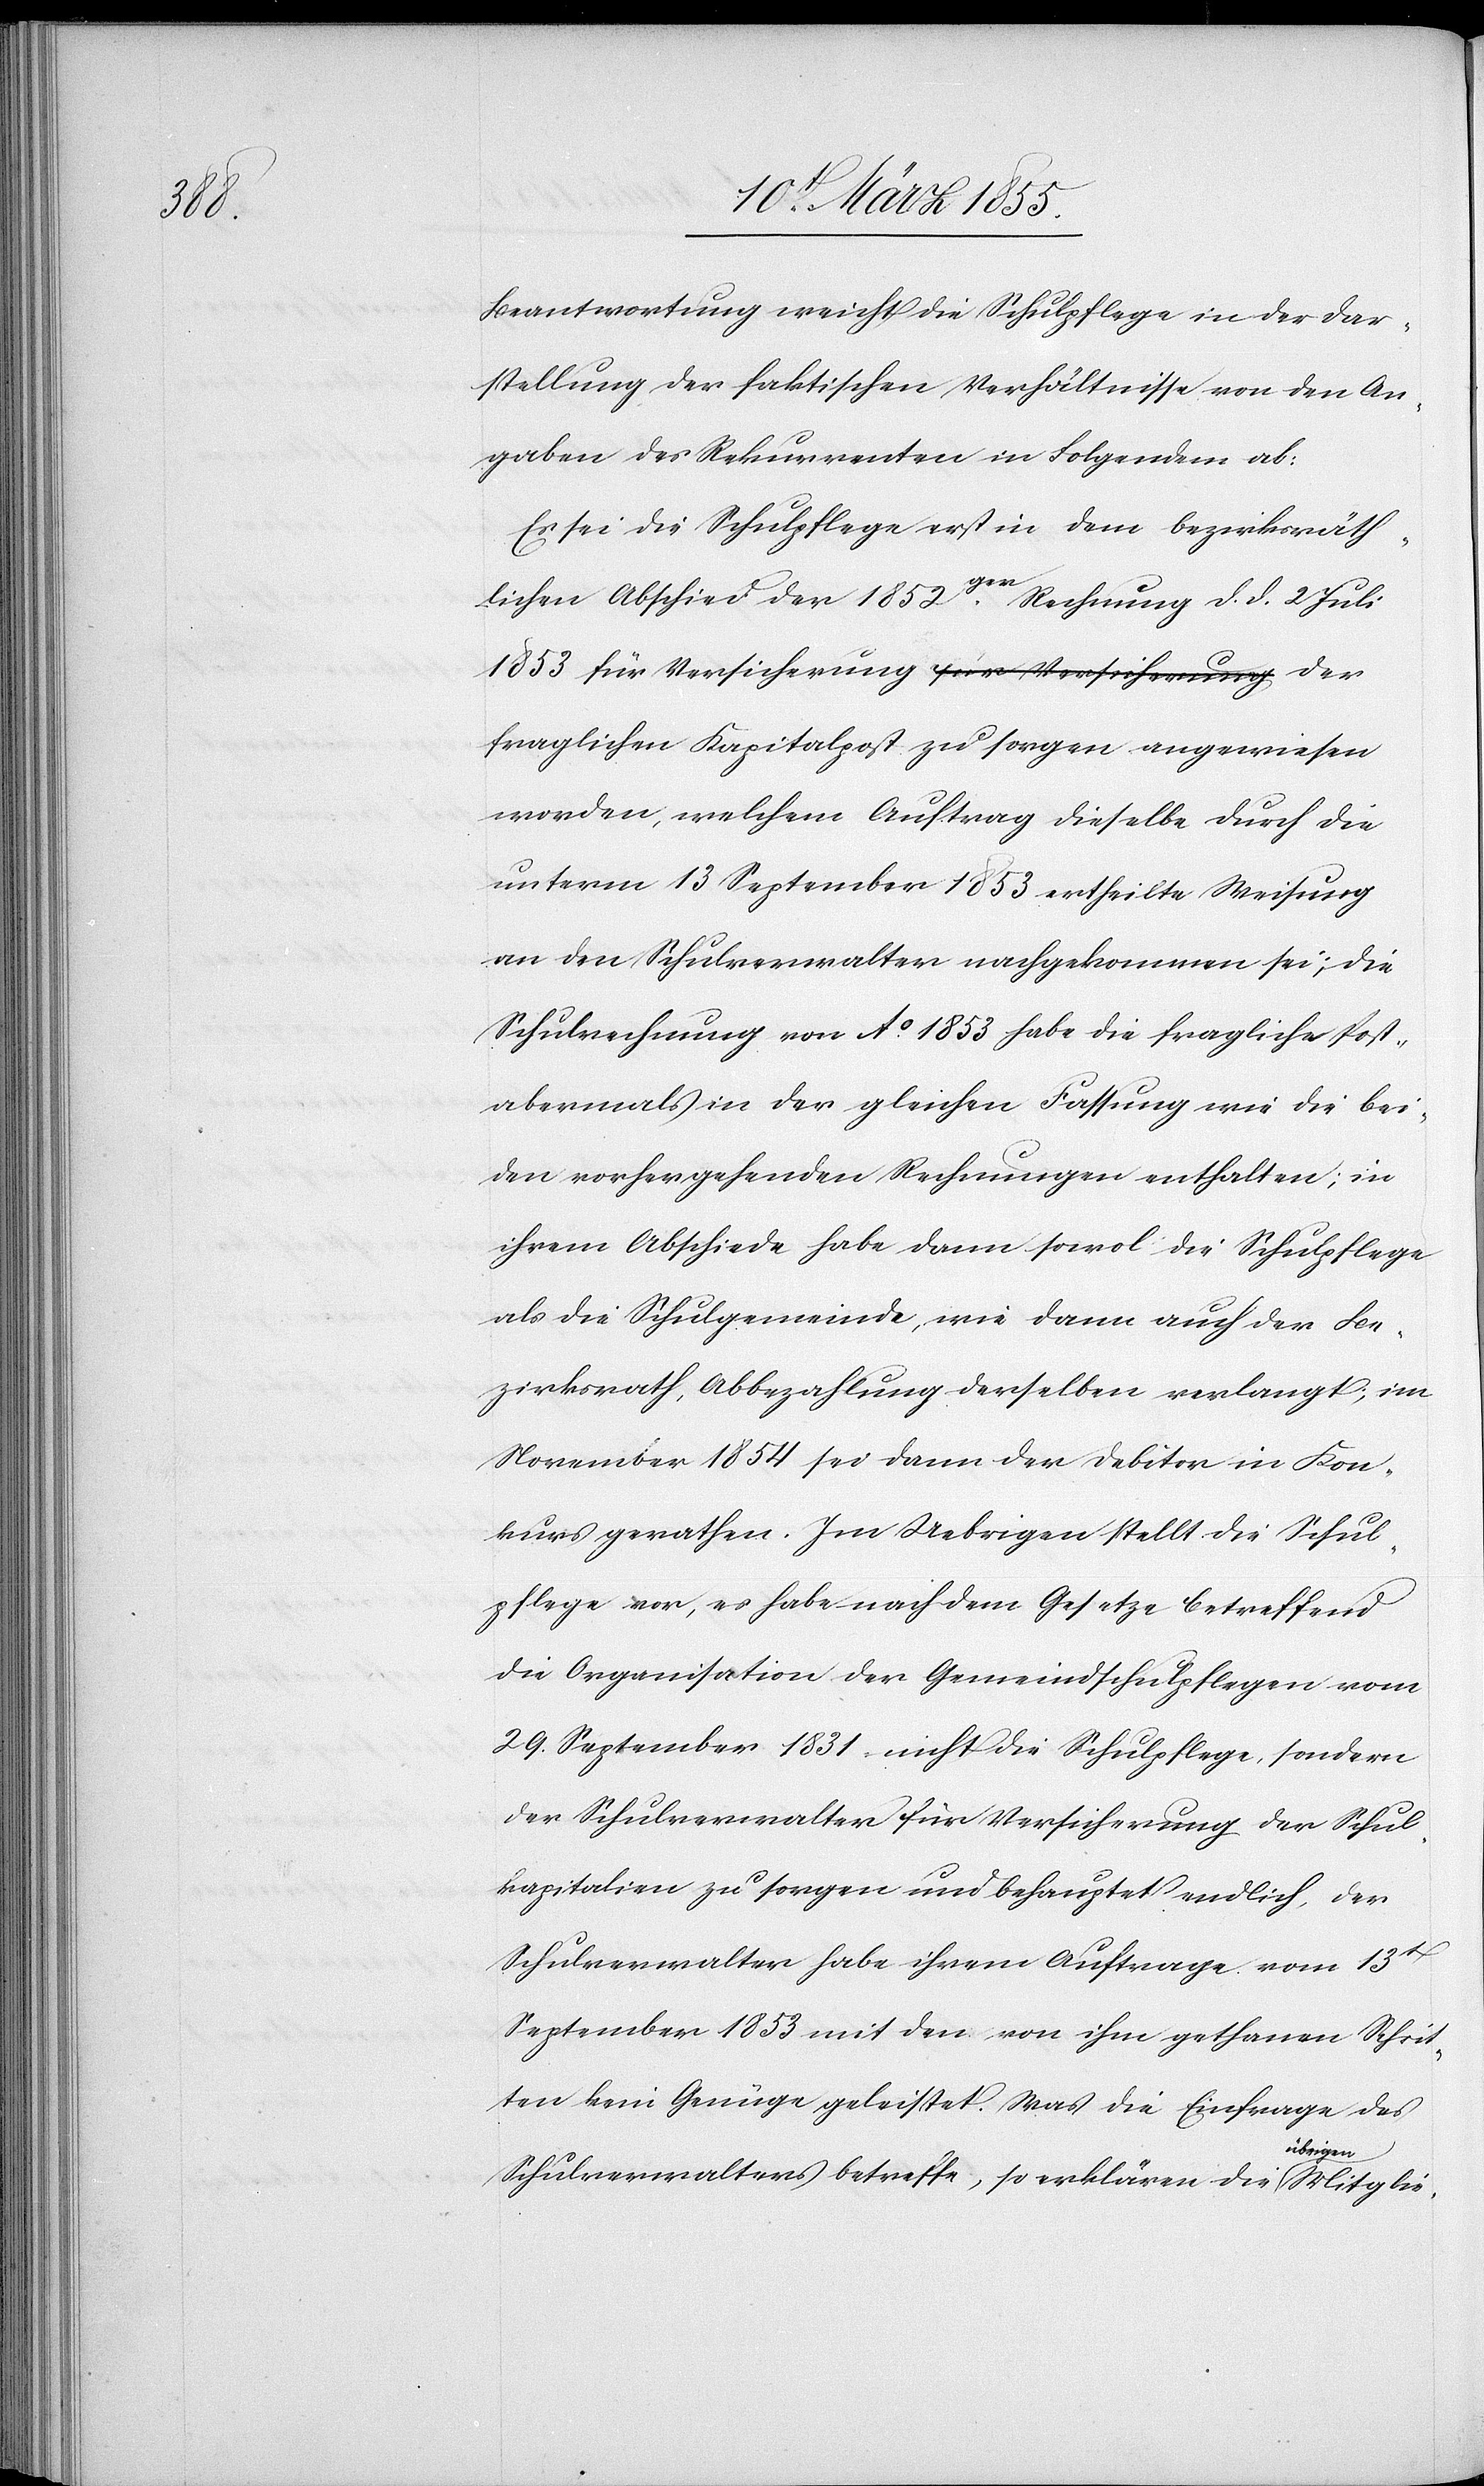
Beantwortung weicht die Schulpflege in der Dar¬
stellung der faktischen Verhältnisse von den An¬
gaben des Rekurrenten in Folgendem ab:
Es sei die Schulpflege erst in dem bezirksräth¬
lichen Abschied der 1852ger Rechnung d. d. 2 Juli
1853 für Versicherung a-für Versicherung-a der
fraglichen Kapitalpost zu sorgen angewiesen
worden, welchem Auftrag dieselbe durch die
unterm 13 September 1853 ertheilte Weisung
an den Schulverwalter nachgekommen sei; die
Schulrechnung von Ao. 1853 habe die fragliche Post
abermals in der gleichen Fassung wie die bei¬
den vorhergehenden Rechnungen enthalten; in
ihrem Abschiede habe dann sowol die Schulpflege
als die Schulgemeinde, wie dann auch der Be¬
zirksrath, Abbezahlung derselben verlangt; im
November 1854 sei dann der Debitor in Kon¬
kurs gerathen. Im Uebrigen stellt die Schul¬
pflege vor, es habe nach dem Gesetze betreffend
die Organisation der Gemeindschulpflegen vom
29. September 1831 nicht die Schulpflege, sondern
der Schulverwalter für Versicherung der Schul¬
kapitalien zu sorgen und behauptet endlich, der
Schulverwalter habe ihrem Auftrage vom 13t
September 1853 mit den von ihm gethanen Schrit¬
ten kein Genüge geleistet. Was die Einfrage des
Schulverwalters betreffe, so erklären die übrigen Mitglie-